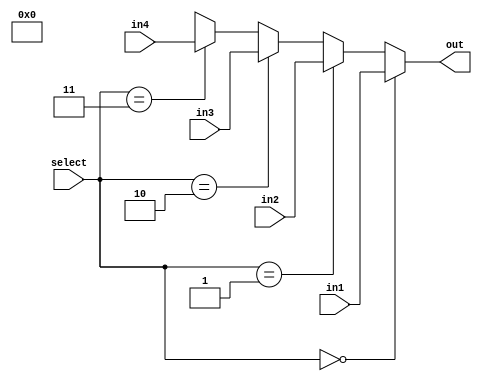
module MUX4(
    input [1:0] select,
    input [BITS-1:0] in1,
    input [BITS-1:0] in2,
    input [BITS-1:0] in3,
    input [BITS-1:0] in4,
    output wire [BITS-1:0] out
    );
	 
	 parameter BITS = 32;
	 
	 assign out = (select == 0) ? in1 : // select input 1
					  (select == 1) ? in2 : // select input 2
					  (select == 2) ? in3 : // select input 3
					  (select == 3) ? in4 : 1'bx; // who knows!
endmodule